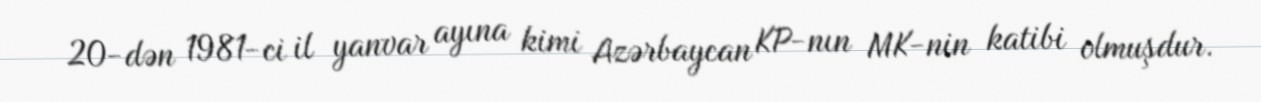
20-dən 1981-ci il yanvar ayına kimi Azərbaycan KP-nın MK-nin katibi olmuşdur.